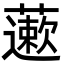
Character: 藗